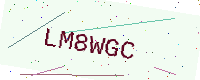
Text: LM8WGC